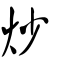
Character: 炒